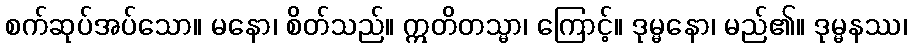
စက်ဆုပ်အပ်သော။ မနော၊ စိတ်သည်။ ဣတိတသ္မာ၊ ကြောင့်။ ဒုမ္မနော၊ မည်၏။ ဒုမ္မနဿ၊